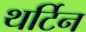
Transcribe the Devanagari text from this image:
थर्टिन